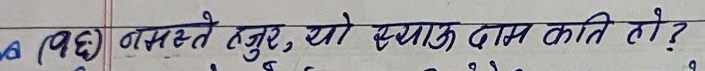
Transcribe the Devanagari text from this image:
6 (घ) नमस्ते हजुर, यो स्याम् दाम कति हो?